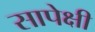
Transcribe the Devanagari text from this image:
सापेक्षी